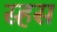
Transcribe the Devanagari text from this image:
स्हस